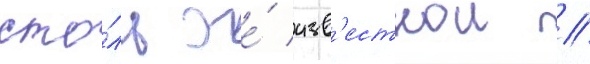
сто́ль же́ изв'естнои //